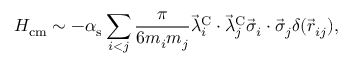
H _ { \mathrm { c m } } \sim - \alpha _ { \mathrm { s } } \sum _ { i < j } \frac { \pi } { 6 m _ { i } m _ { j } } \vec { \lambda } _ { i } ^ { \mathrm { C } } \cdot \vec { \lambda } _ { j } ^ { \mathrm { C } } \vec { \sigma } _ { i } \cdot \vec { \sigma } _ { j } \delta ( \vec { r } _ { i j } ) ,